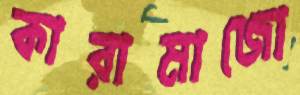
কারামাজো